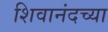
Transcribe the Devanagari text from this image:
शिवानंदच्या